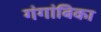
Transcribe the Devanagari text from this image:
गंगांबिका